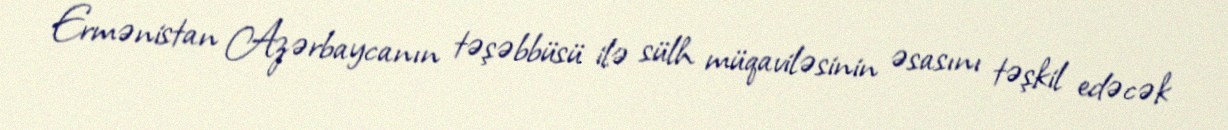
Ermənistan Azərbaycanın təşəbbüsü ilə sülh müqaviləsinin əsasını təşkil edəcək